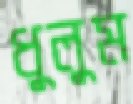
ধুলুম